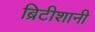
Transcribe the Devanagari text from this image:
ब्रिटीशानी